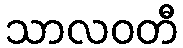
သာလဝတီ